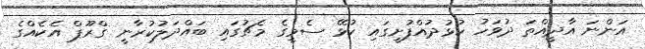
އަންނަ އާދީއްތަ ދުވަހު ކުޅުދުއްފުށީގައި ކުޅޭ ސެމީގެ މެޗުގައި ބައްދަލުކުރާނީ ގްރޫޕް އެކެއްގެ